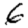
Digit: 6